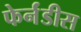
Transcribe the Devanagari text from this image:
फेर्नंडीस